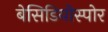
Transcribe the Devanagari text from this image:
बेसिडियोस्पोर